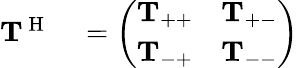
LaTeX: \begin{array}{rl}{\mathbf{T}^{\mathrm{~H~}}}&{{}=\left(\begin{array}{ll}{\mathbf{T}_{++}}&{\mathbf{T}_{+-}}\\ {\mathbf{T}_{-+}}&{\mathbf{T}_{--}}\end{array}\right)}\end{array}